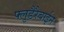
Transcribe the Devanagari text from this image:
फ्लुडैरैबाईन